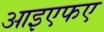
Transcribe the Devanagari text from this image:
आइएफए